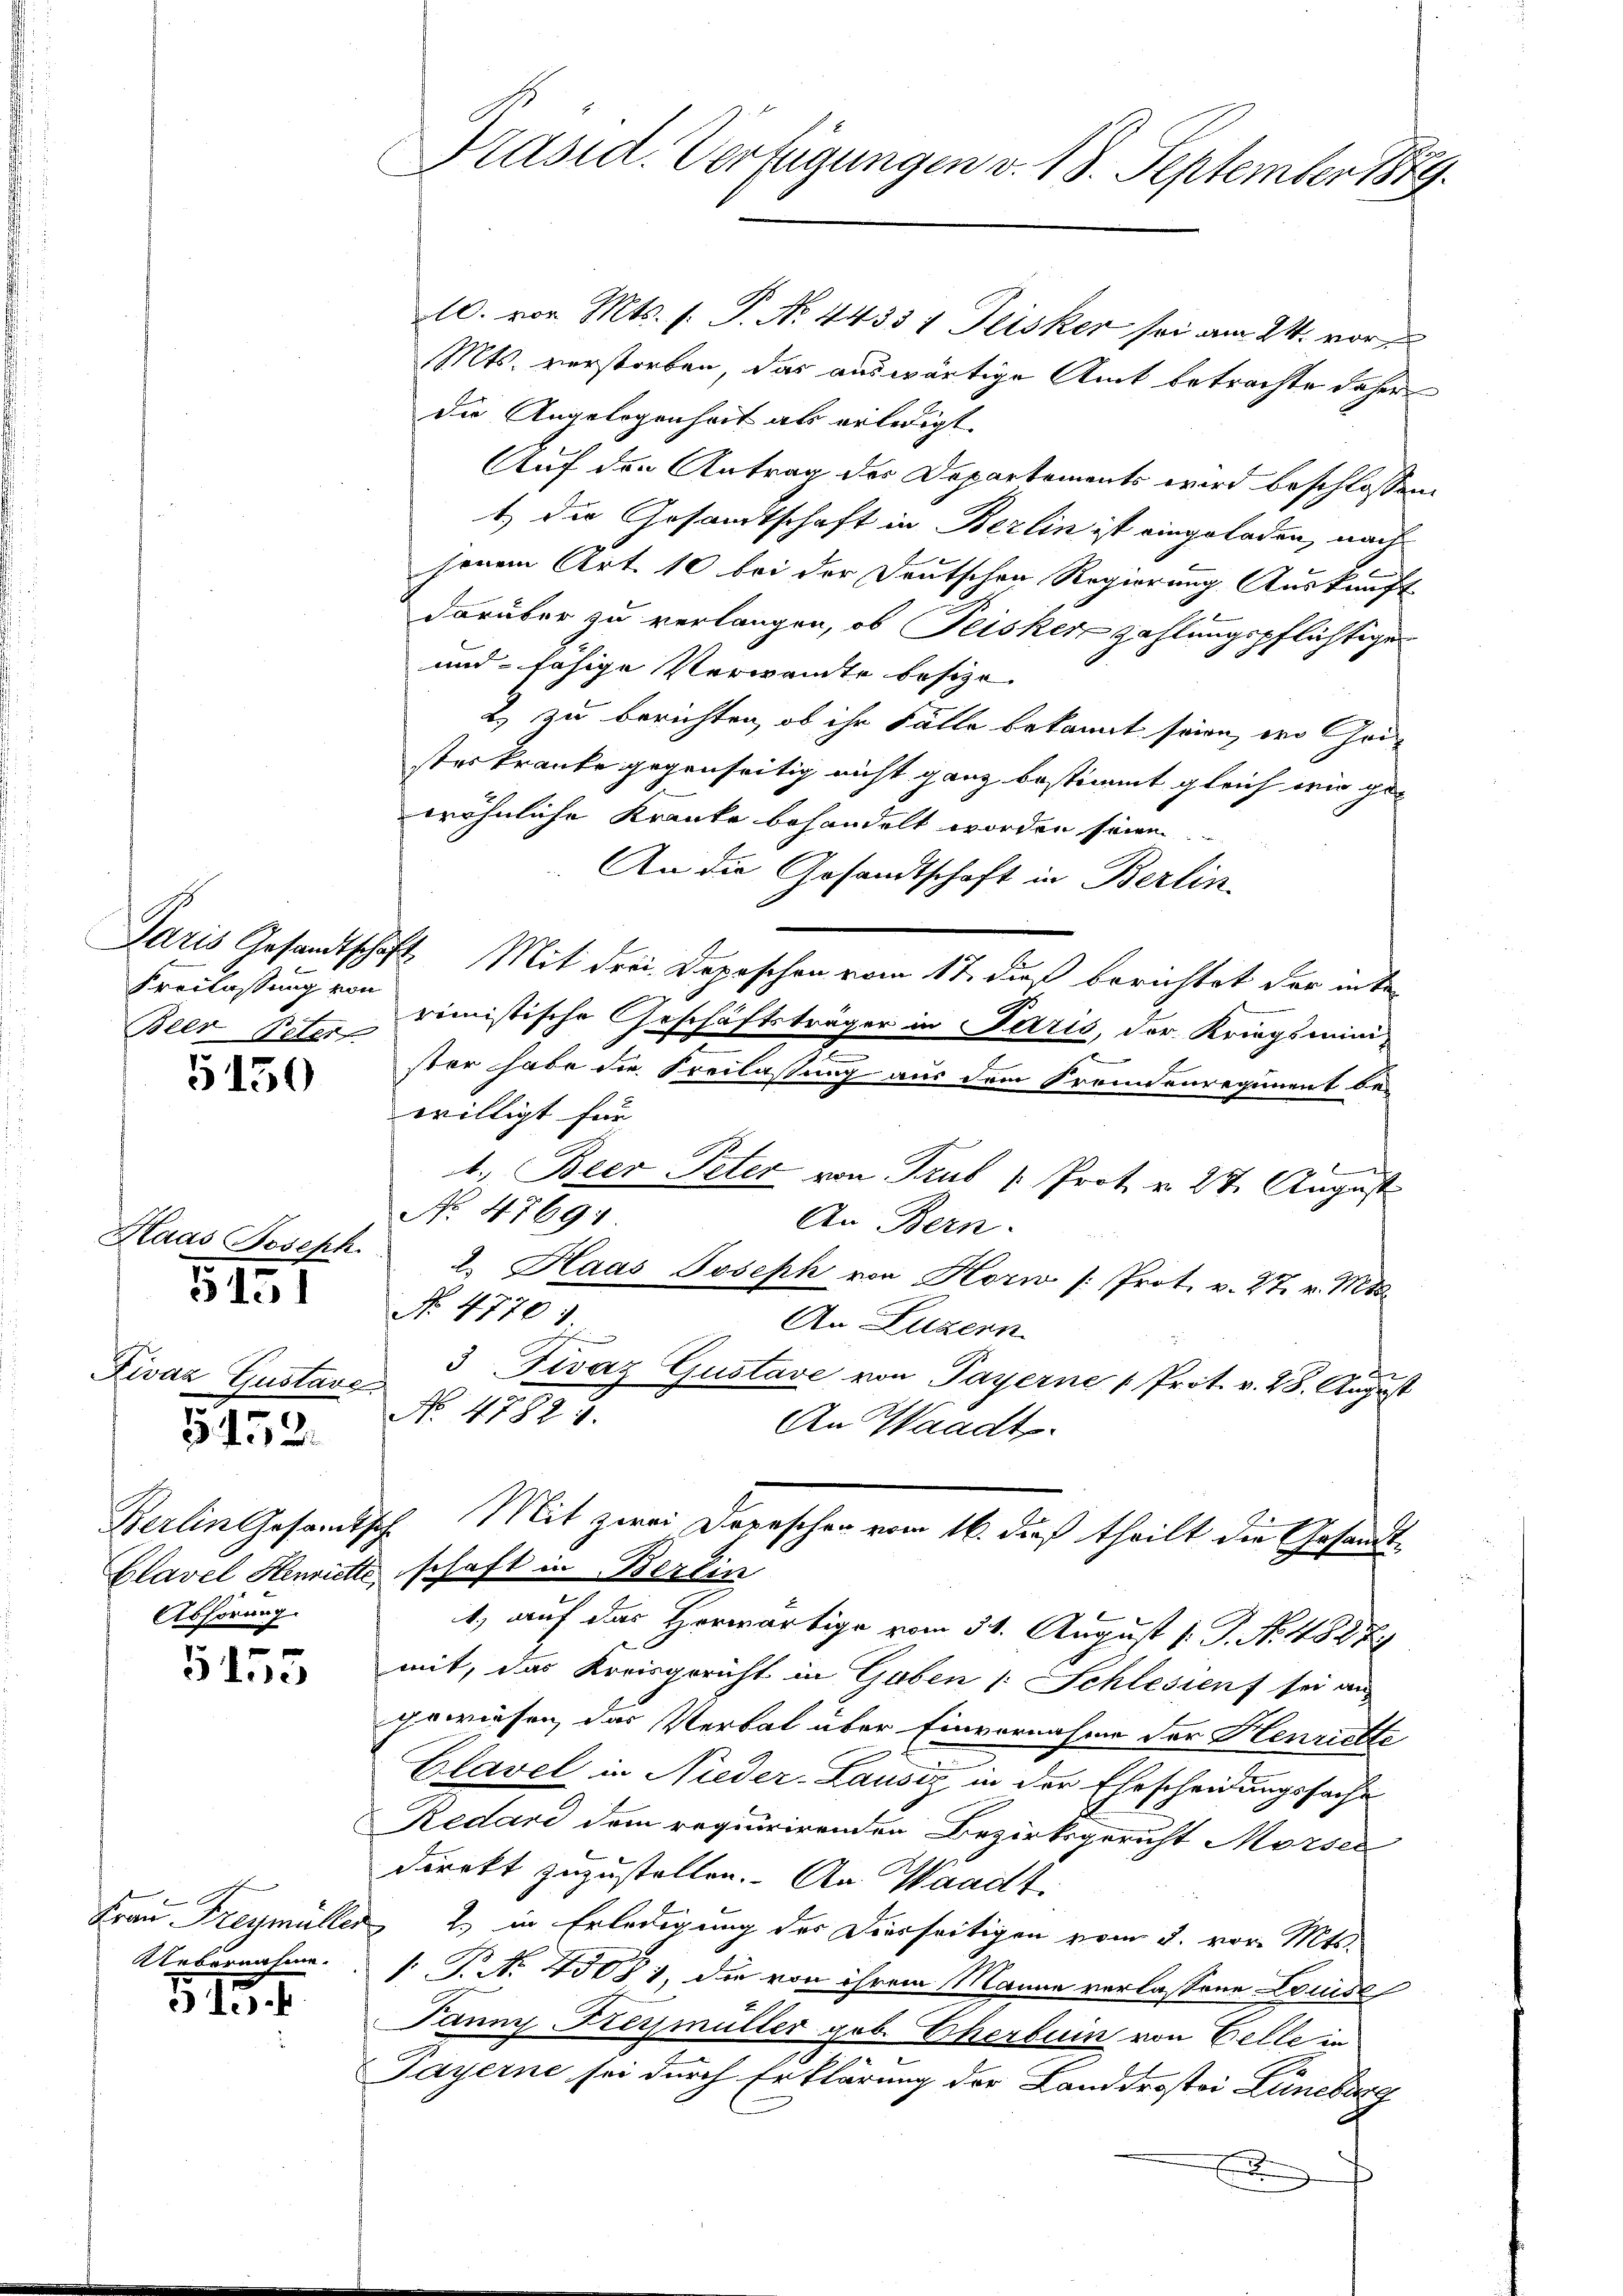
Freilassung von

5150

Haas Joseph.
Fivaz Gustave

5151

1452.

Abhörung

5455

Uebernahme.

1.12.

10. von Mts. s. P. Nr. 44331 Peisker sei am 24. vor
Mts. verstorben, das auswärtige Amt betrachte daher
die Angelegenheit als erledigt.
Auf den Antrag der Departements wird beschlossen:
t) die Gesandtschaft in Berlin ist eingeladen, nach
jenem Art. 10 bei der Deutschen Regierung Auskunft
darüber zu verlangen, ob Peisker zahlungspflichtigen
und fähige Verwandte besize
2) zu berichten, ob ihr Fälle bekannt seien, wo heister kranke gegenseitig nicht ganz bestimmt gleich wir ge-
wöhnliche Kranke behandelt worden seinen.
An die Gesandtschaft in Berlin-
Paris Gesandtschaft Mit drei Depeschen vom 17. daß berichtet der inte¬
Beer Peter dimistische Geschäftsträger in Paris, der Kriegsmini
F
ster habe die Beilassung aus dem Fremdenregiment bewilligt für
1., Beer Peter von Trub " Prot. v. 27. August
No 4769:
An Bern.
2. Haas Joseph von Korn /: Prot. v. 27. v. Mts.
No. 4770:
An Luzern
u
.
3 Fivaz Gustave von Payerne Prot. v. 28. August
No. 47822.
An Waadt
Berlin Gesamtsch. Mit zwei Depeschen vom 16. dieß theilt die Gesandt¬
Clavel Henriette, schaft in Berlin
1.) auf das Horwärtige vom 31. August /: P. No. 488 Zi
mit, das Kreisgericht in Guben (: Schlesienf sei an
gewiesen, das Verbal über Einvernahme der Henrichte
Clavel in Nieder-Lausiz in der Ehescheidungssache
Redard dem requirirenden Bezirksgericht Mörsen
direkt zuzustellen. An Waadt,
Frau Freymüller 2. in Erledigung der Diesseitigen vom 3. vor. Mts.
1T. No. 45081, die von ihrem Manne verlassene Louise
Panny Kreimüller geb. Eherbuin von Celle in
Payerne sei durch Erklärung der Landdrostoi Lüneburg

Präsid. Verfügungen v. 18. September 1889.